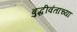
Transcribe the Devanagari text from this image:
बुद्धीवंतांच्या